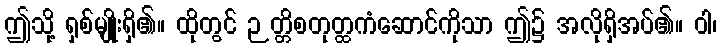
ဤသို့ ရှစ်မျိုးရှိ၏။ ထိုတွင် ဉတ္တိစတုတ္ထကံဆောင်ကိုသာ ဤ၌ အလိုရှိအပ်၏။ ဝါ၊